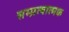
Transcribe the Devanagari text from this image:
सम्प्रत्यात्मक